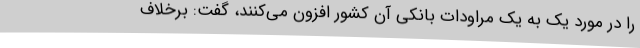
را در مورد یک به یک مراودات بانکی آن کشور افزون می‌کنند، گفت: برخلاف